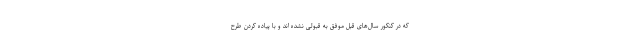
که در کنکور سال‌های قبل موفق به قبولی نشده اند و با پیاده کردن طرح